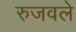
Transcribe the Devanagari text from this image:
रुजवले